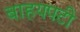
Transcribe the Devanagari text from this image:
बाहयपटी